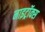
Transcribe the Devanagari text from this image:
नाइट्रॉक्स